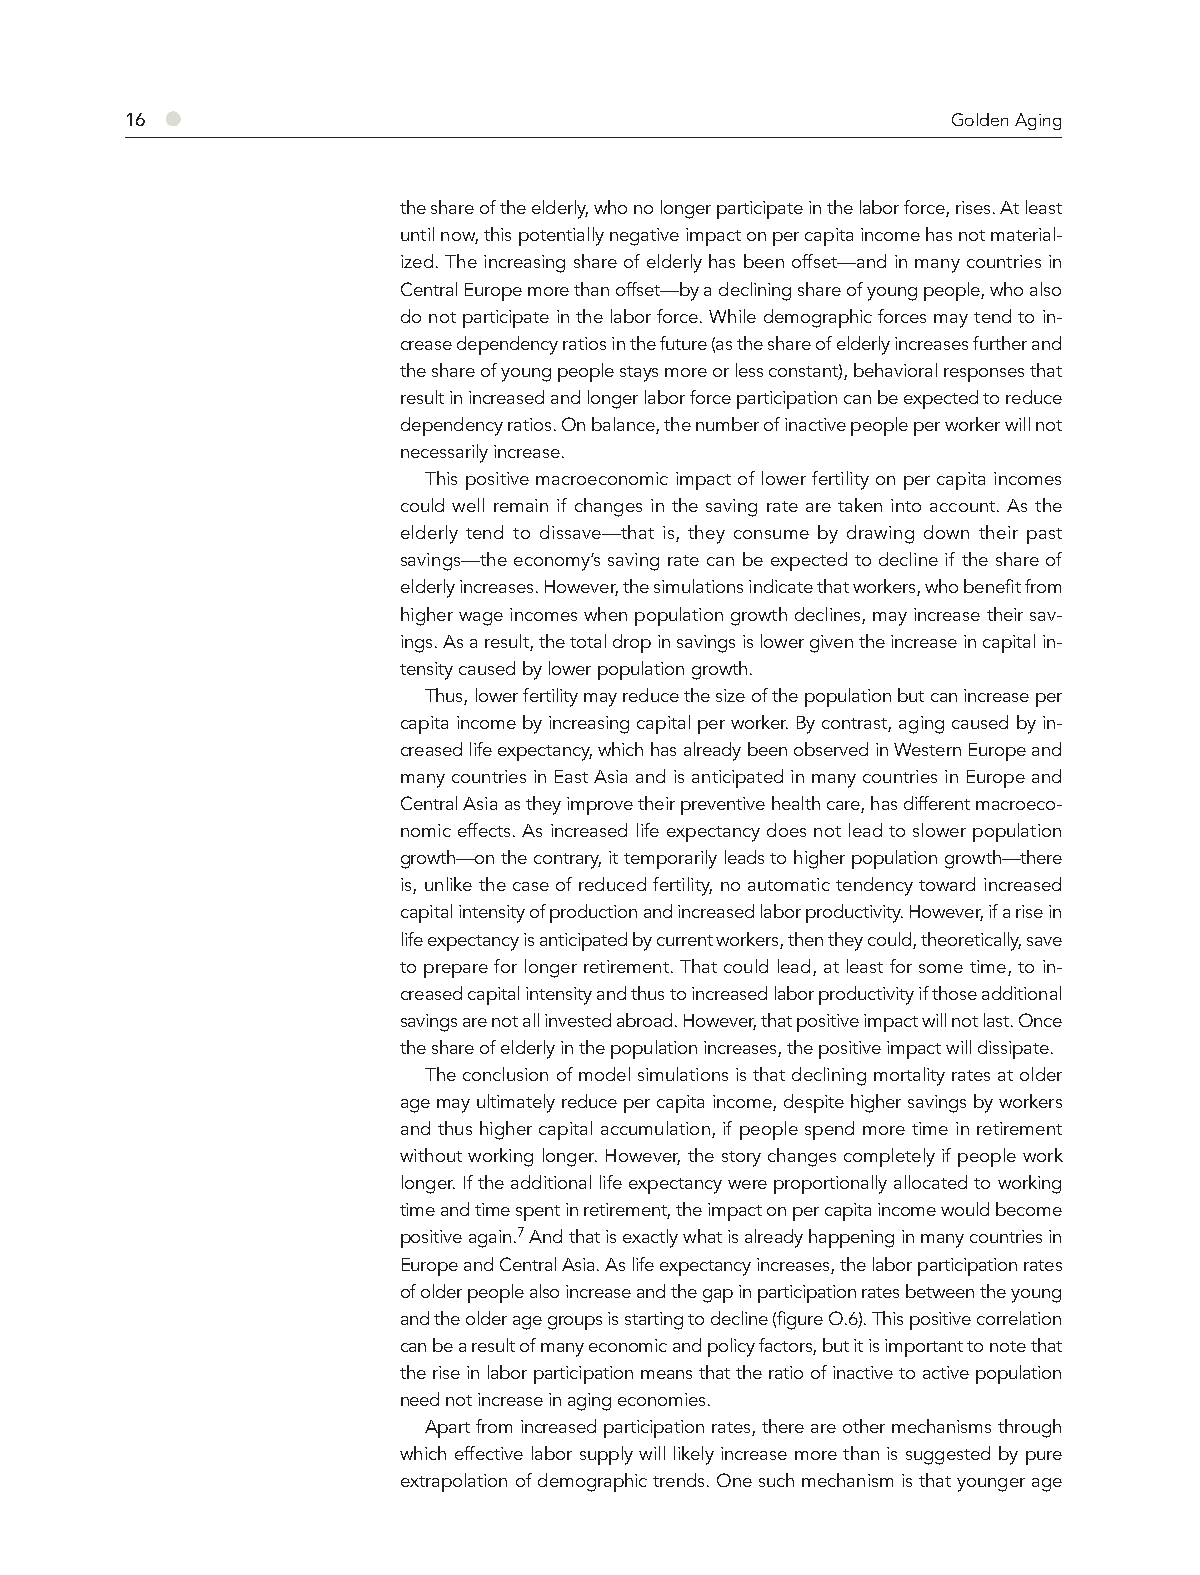
16 ●                                                   Golden Aging
 the share of the elderly, who no longer participate in the labor force, rises. At least
 until now, this potentially negative impact on per capita income has not material-
 ized. The increasing share of elderly has been offset—and in many countries in
 Central Europe more than offset—by a declining share of young people, who also
 do not participate in the labor force. While demographic forces may tend to in-
 crease dependency ratios in the future (as the share of elderly increases further and
 the share of young people stays more or less constant), behavioral responses that
 result in increased and longer labor force participation can be expected to reduce
 dependency ratios. On balance, the number of inactive people per worker will not
 necessarily increase.
 This positive macroeconomic impact of lower fertility on per capita incomes
 could well remain if changes in the saving rate are taken into account. As the
 elderly tend to dissave—that is, they consume by drawing down their past
 savings—the economy’s saving rate can be expected to decline if the share of
 elderly increases. However, the simulations indicate that workers, who benefit from
 higher wage incomes when population growth declines, may increase their sav-
 ings. As a result, the total drop in savings is lower given the increase in capital in-
 tensity caused by lower population growth.
 Thus, lower fertility may reduce the size of the population but can increase per
 capita income by increasing capital per worker. By contrast, aging caused by in-
 creased life expectancy, which has already been observed in Western Europe and
 many countries in East Asia and is anticipated in many countries in Europe and
 Central Asia as they improve their preventive health care, has different macroeco-
 nomic effects. As increased life expectancy does not lead to slower population
 growth—on the contrary, it temporarily leads to higher population growth—there
 is, unlike the case of reduced fertility, no automatic tendency toward increased
 capital intensity of production and increased labor productivity. However, if a rise in
 life expectancy is anticipated by current workers, then they could, theoretically, save
 to prepare for longer retirement. That could lead, at least for some time, to in-
 creased capital intensity and thus to increased labor productivity if those additional
 savings are not all invested abroad. However, that positive impact will not last. Once
 the share of elderly in the population increases, the positive impact will dissipate.
 The conclusion of model simulations is that declining mortality rates at older
 age may ultimately reduce per capita income, despite higher savings by workers
 and thus higher capital accumulation, if people spend more time in retirement
 without working longer. However, the story changes completely if people work
 longer. If the additional life expectancy were proportionally allocated to working
 time and time spent in retirement, the impact on per capita income would become
 positive again.7 And that is exactly what is already happening in many countries in
 Europe and Central Asia. As life expectancy increases, the labor participation rates
 of older people also increase and the gap in participation rates between the young
 and the older age groups is starting to decline (figure O.6). This positive correlation
 can be a result of many economic and policy factors, but it is important to note that
 the rise in labor participation means that the ratio of inactive to active population
 need not increase in aging economies.
 Apart from increased participation rates, there are other mechanisms through
 which effective labor supply will likely increase more than is suggested by pure
 extrapolation of demographic trends. One such mechanism is that younger age